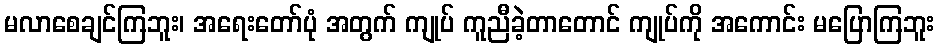
မလာစေချင်ကြဘူး၊ အရေးတော်ပုံ အတွက် ကျုပ် ကူညီခဲ့တာတောင် ကျုပ်ကို အကောင်း မပြောကြဘူး